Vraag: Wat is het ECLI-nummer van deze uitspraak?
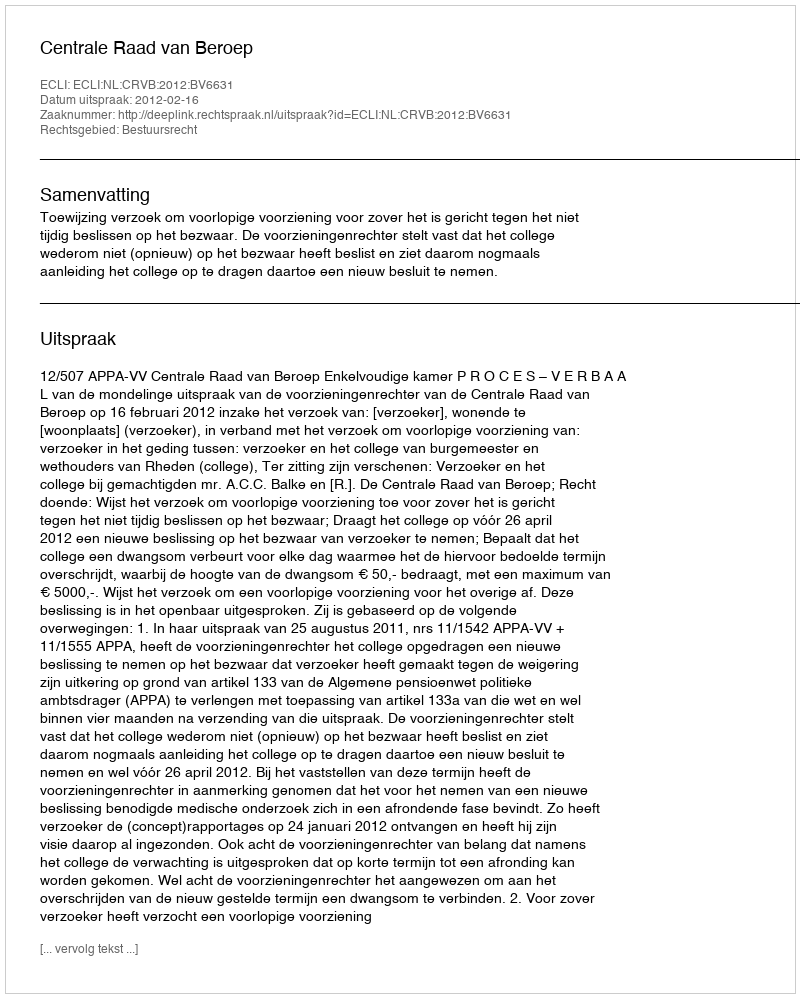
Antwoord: ECLI:NL:CRVB:2012:BV6631